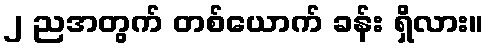
၂ ညအတွက် တစ်ယောက် ခန်း ရှိလား။